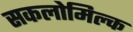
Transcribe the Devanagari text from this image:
सकलोमिल्क